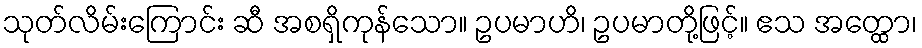
သုတ်လိမ်းကြောင်း ဆီ အစရှိကုန်သော။ ဥပမာဟိ၊ ဥပမာတို့ဖြင့်။ ဧသ အတ္ထော၊